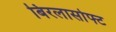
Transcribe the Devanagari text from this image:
बिरलासोफ्ट